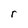
Character: r